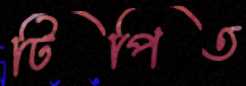
টিপিত